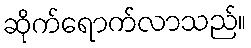
ဆိုက်ရောက်လာသည်။